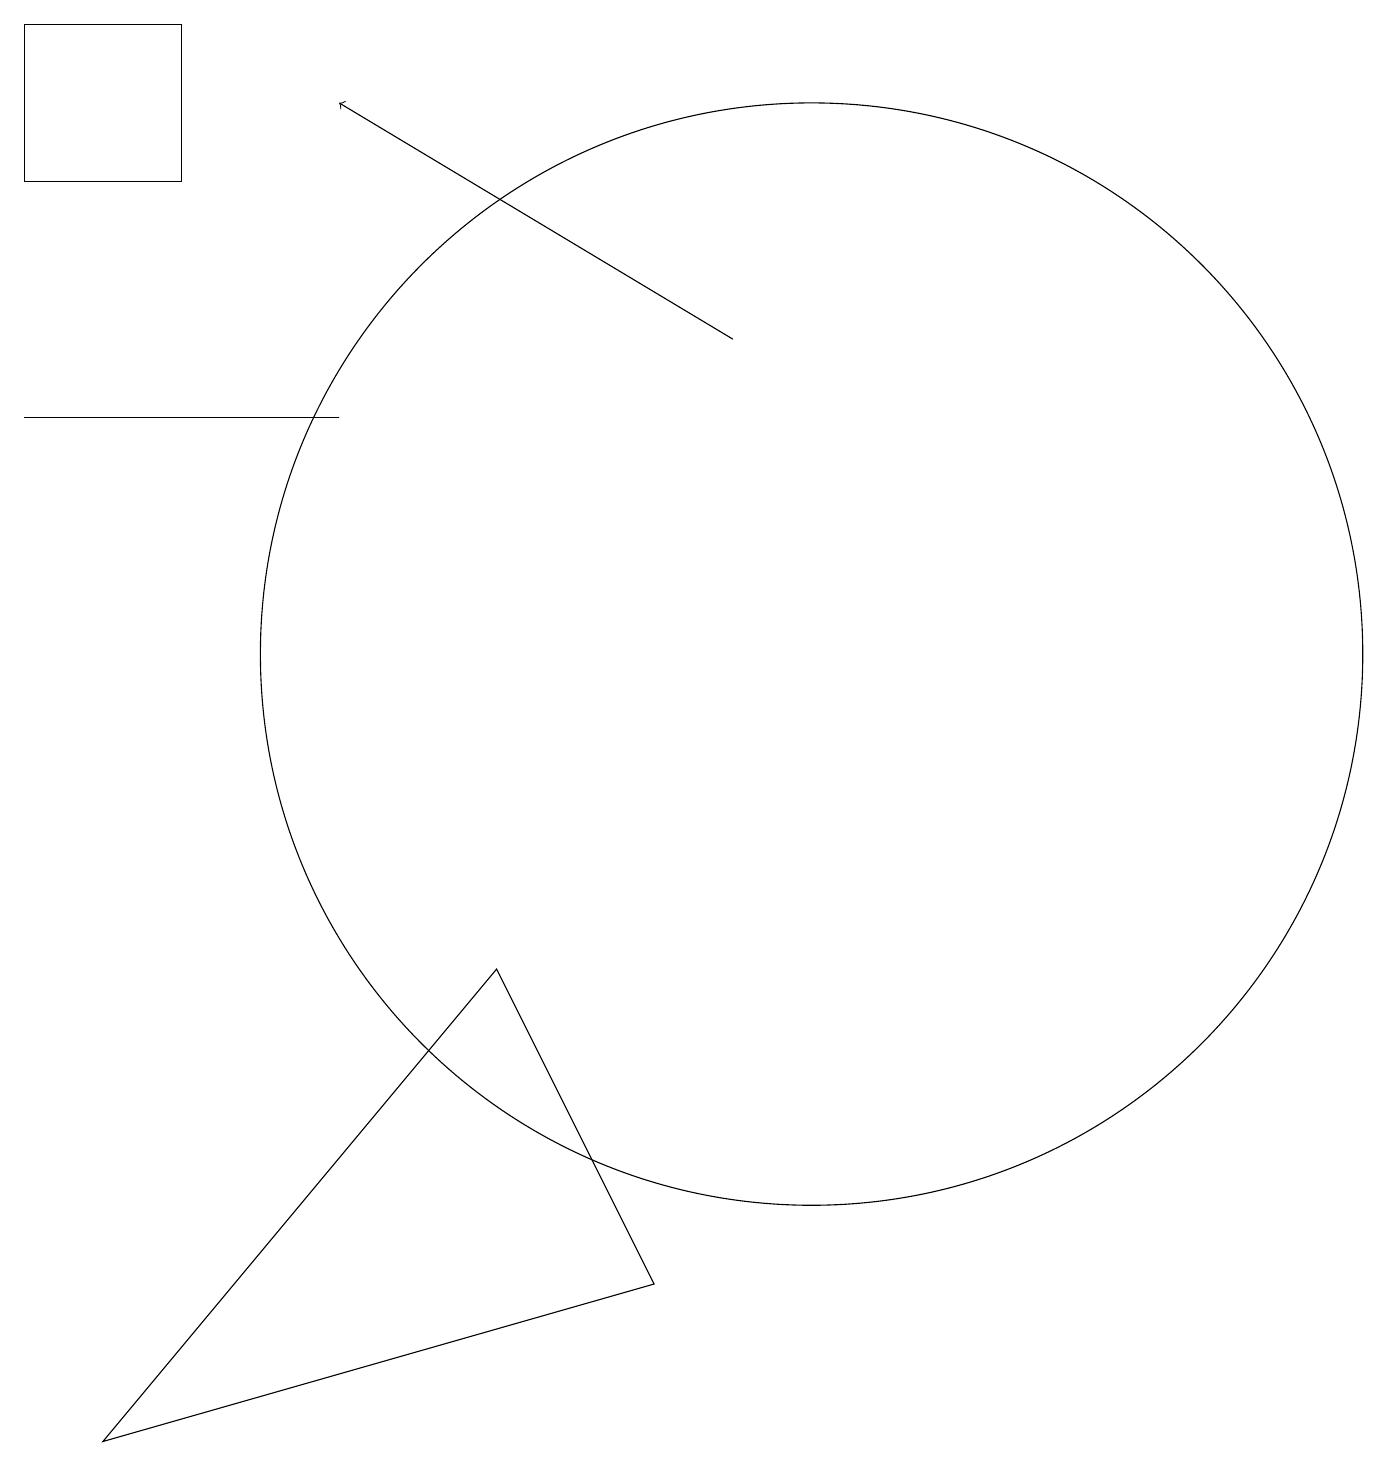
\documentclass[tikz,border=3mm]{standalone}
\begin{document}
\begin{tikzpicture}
\draw (4,13) rectangle (0,13);
\draw (0,18) rectangle (2,16);
\draw[->] (9,14) -- (4,17);
\draw (6,6) -- (8,2) -- (1,0) -- cycle;
\draw (10,10) circle (7);
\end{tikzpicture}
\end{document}